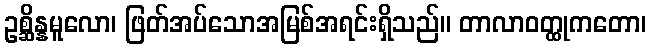
ဥစ္ဆိန္နမူလော၊ ဖြတ်အပ်သောအမြစ်အရင်းရှိသည်။ တာလာဝတ္ထုကတော၊